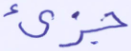
جزئ